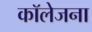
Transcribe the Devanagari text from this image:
कॉलेजना